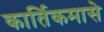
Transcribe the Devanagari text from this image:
कार्तिकमासे